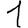
Digit: 1